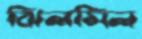
ঝিলমিল